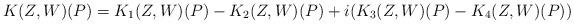
LaTeX: \begin{align*} K(Z,W)(P) = K_1(Z,W)(P) - K_2(Z,W)(P) + i (K_3(Z,W)(P) - K_4(Z,W)(P))\end{align*}